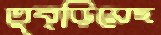
তুব্‌ড়িয়েছ